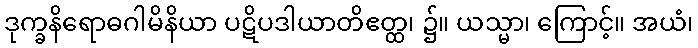
ဒုက္ခနိရောဓဂါမိနိယာ ပဋိပဒါယာတိဧတ္ထ၊ ၌။ ယသ္မာ၊ ကြောင့်။ အယံ၊